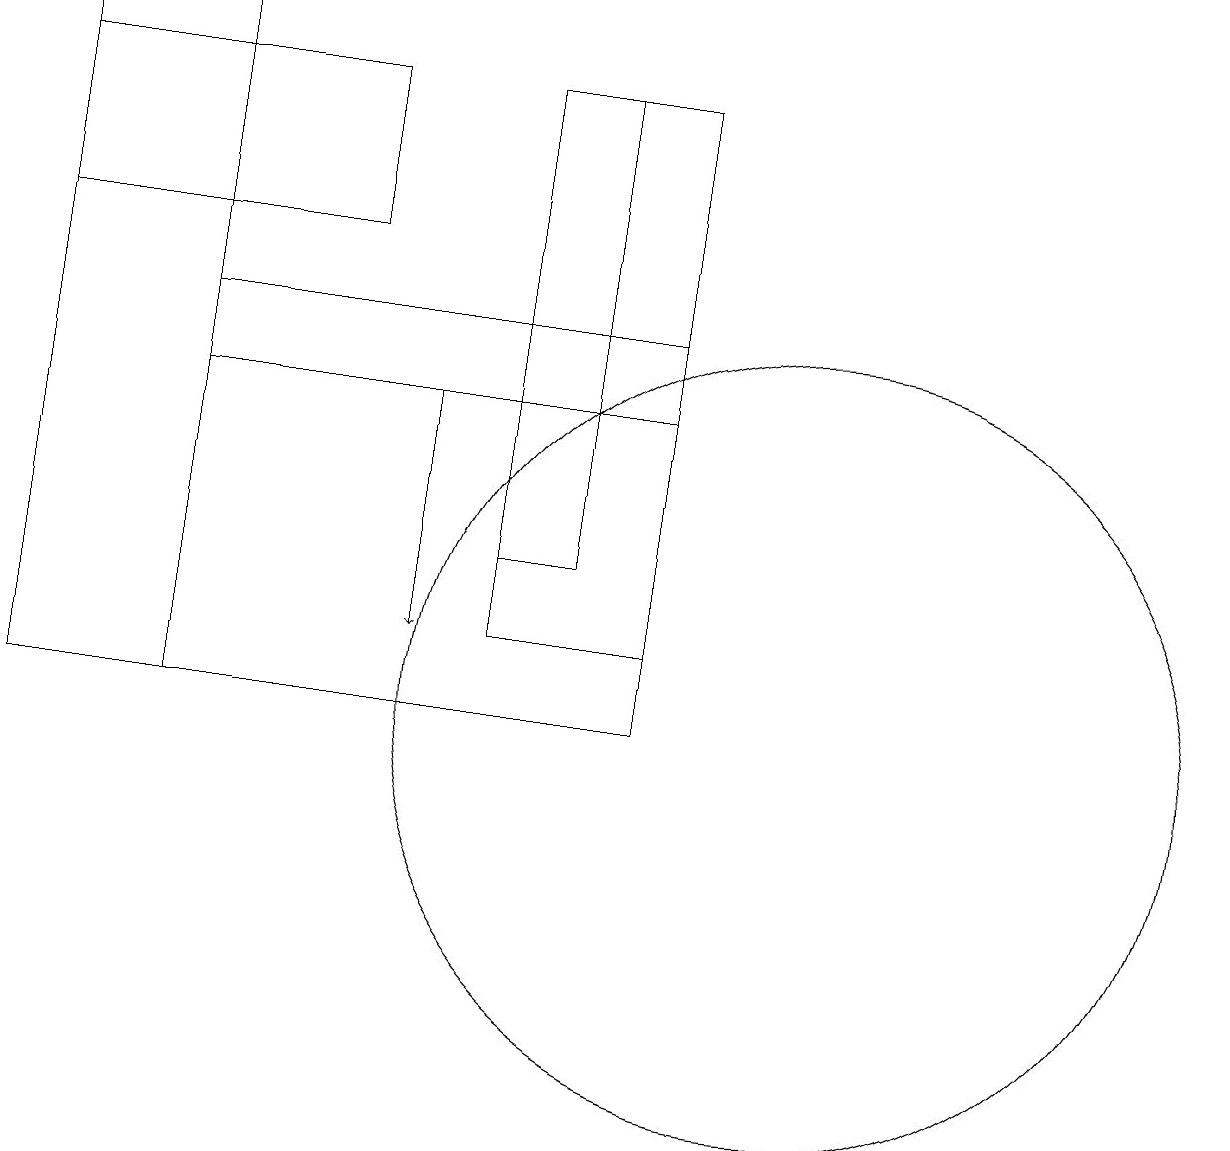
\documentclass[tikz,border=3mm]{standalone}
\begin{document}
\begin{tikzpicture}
\draw (10,10) circle (5);
\draw (6,18) rectangle (8,11);
\draw[->] (5,14) -- (5,11);
\draw (8,10) rectangle (2,15);
\draw (2,19) rectangle (0,10);
\draw (4,18) rectangle (0,16);
\draw (7,18) rectangle (6,12);
\draw (8,14) rectangle (2,14);
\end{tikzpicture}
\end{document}